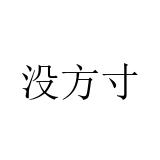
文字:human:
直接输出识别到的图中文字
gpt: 没方寸